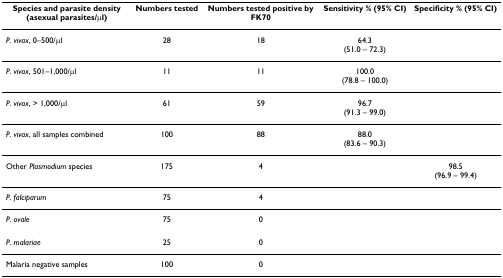
| Species and parasite density (asexual parasites/μl) | Numbers tested | Numbers tested positive by FK70 | Sensitivity % (95% CI) | Specificity % (95% CI) |
 | --- | --- | --- | --- | --- |
 | P. vivax, 0–500/μl | 28 | 18 | 64.3(51.0 – 72.3) |  |
 | P. vivax, 501–1,000/μl | 11 | 11 | 100.0(78.8 – 100.0) |  |
 | P. vivax, > 1,000/μl | 61 | 59 | 96.7(91.3 – 99.0) |  |
 | P. vivax, all samples combined | 100 | 88 | 88.0(83.6 – 90.3) |  |
 | Other Plasmodium species | 175 | 4 |  | 98.5(96.9 – 99.4) |
 | P. falciparum | 75 | 4 |  |  |
 | P. ovale | 75 | 0 |  |  |
 | P. malariae | 25 | 0 |  |  |
 | Malaria negative samples | 100 | 0 |  |  |